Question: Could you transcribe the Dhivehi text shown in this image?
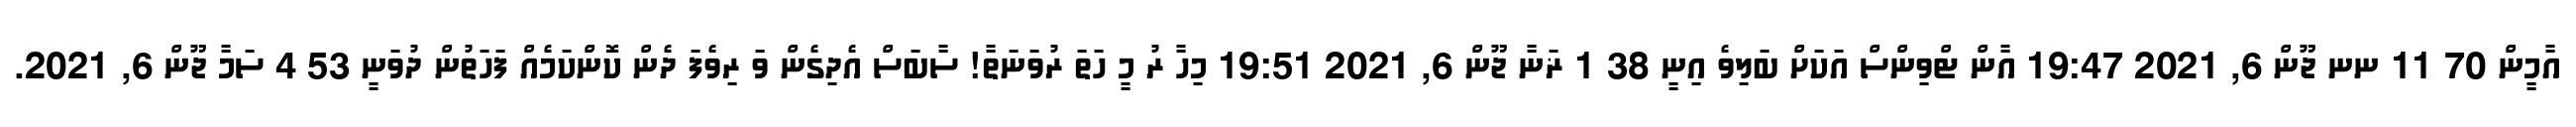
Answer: އާމީން 70 11 ނނ ޖޫން 6, 2021 19:47 އާން ޓްވިންސް އަކަށް ބަލިވެ އިނީ 38 1 ޜަނާ ޖޫން 6, 2021 19:51 މިހާ ރު މީ ހަތަ ރުވަނަތާ! ސާބަސް އެދިގެން ވަ ރިވެފަ ދެން ކޮންކަމެއް ފަހަތުން ދުވަނީ 53 4 ސަމާ ޖޫން 6, 2021.